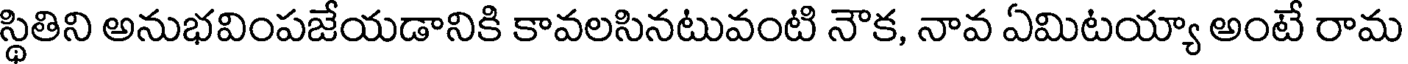
స్థితిని అనుభవింపజేయడానికి కావలసినటువంటి నౌక, నావ ఏమిటయ్యా అంటే రామ